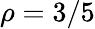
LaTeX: \rho=3/5